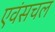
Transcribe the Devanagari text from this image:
एवंसचल